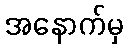
အနောက်မှ